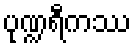
ပုဏ္ဍရီကဿ